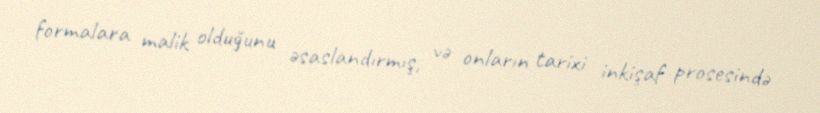
formalara malik olduğunu əsaslandırmış, və onların tarixi inkişaf prosesində